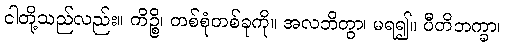
ငါတို့သည်လည်း။ ကိဉ္စိ၊ တစ်စုံတစ်ခုကို။ အလဘိတွာ၊ မရ၍။ ပီတိဘက္ခာ၊